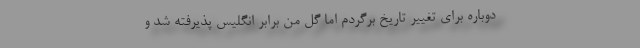
دوباره برای تغییر تاریخ برگردم اما گل من برابر انگلیس پذیرفته شد و